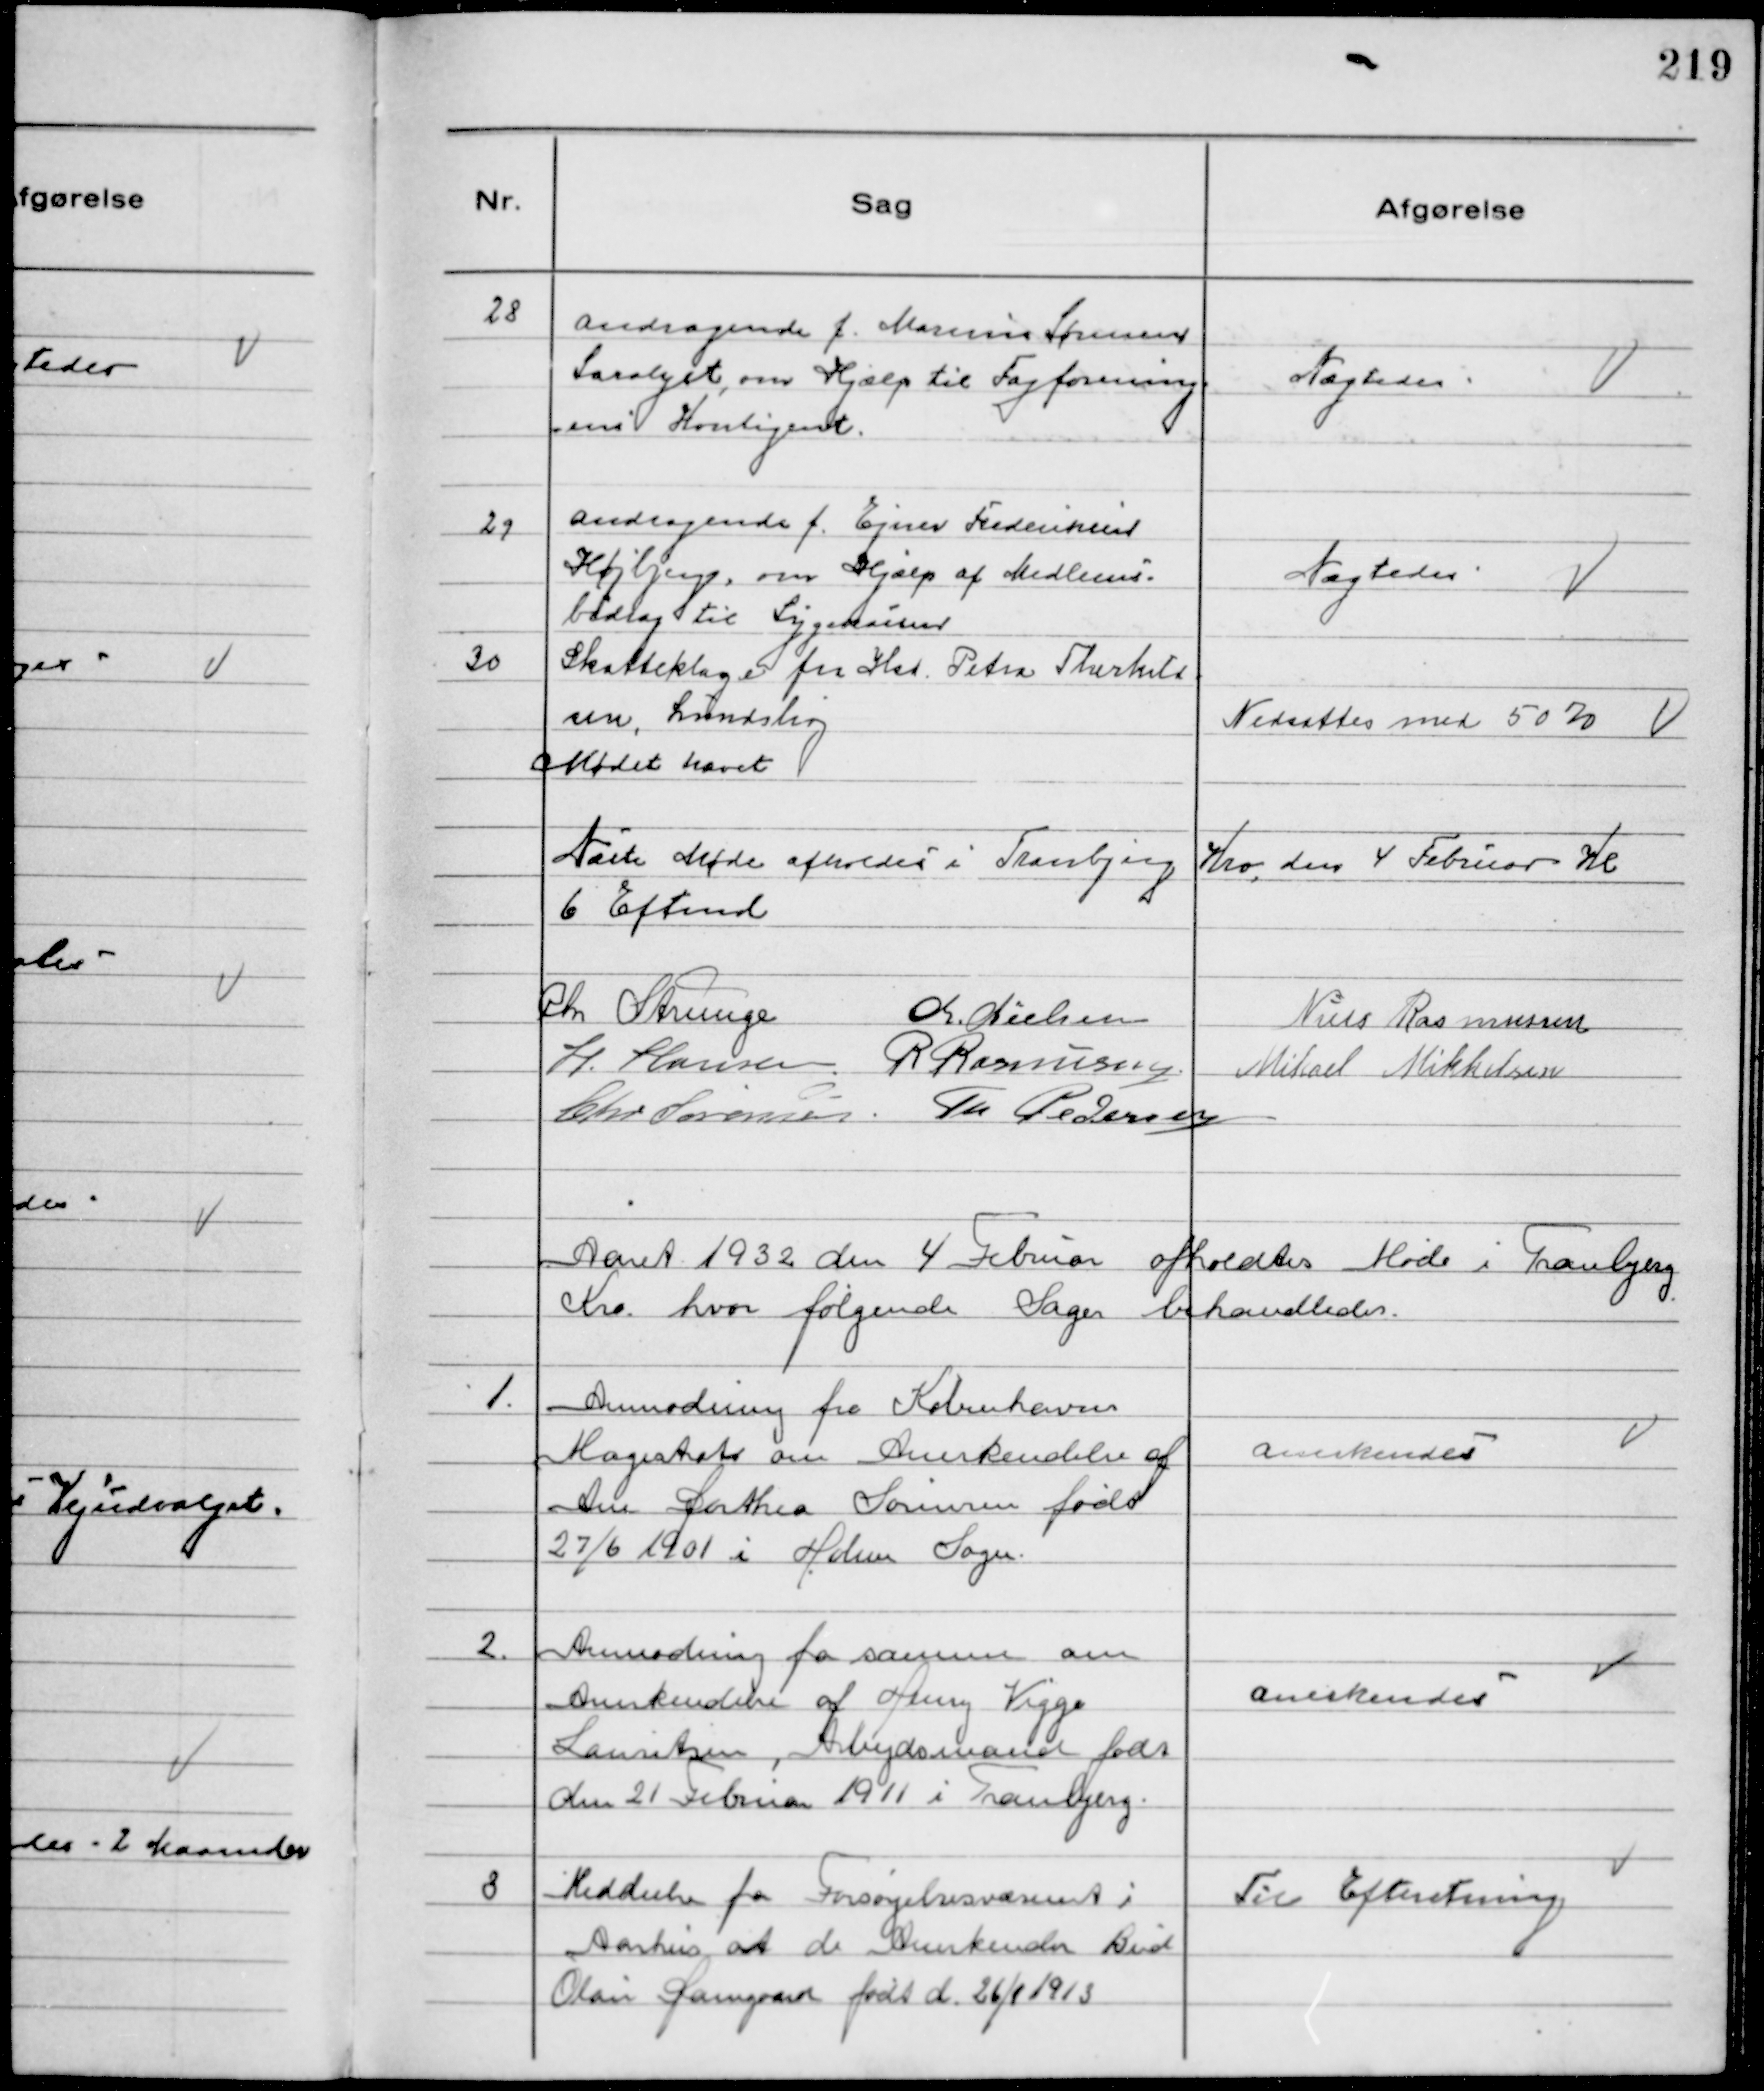
Transskription:
28
Andragende f. Marinus Sørensen
Saralyst, om Hjælp til Fagforening-
ens Kontigent.

Nægtedes

29
Andragende f. Ejner Frederiksen
Højbjerg, om Hjælp af Medlems-
bidrag til Sygekassen

Nægtedes

30
Skatteklage fra Hst. Petra Thorkild
sen, Lundshøj

Nedsattes med 50 %

Mødet hævet
Næste Møde afholdes i Tranbjerg Kro, den 4 Februar Kl
6 Eftemd
Chr Strunge
Chr. Nielsen
Niels Rasmussen
H. Hansen. R Rasmussen
Mikael Mikkelsen
Chr Sørensen Th Pedersen

Aaret 1932 den 4 Februar afholdtes Møde i Tranbjerg
Kro hvor følgende Sager behandledes.

1.
Anmodning fra Københavns
Magistrat om Anerkendelse af
Ane Dorthea Sørensen født
27/6 1901 i Holme Sogn.

Anerkendes

2.
Anmodning fra samme om
Anerkendelse af Henry Viggo
Lauritsen, Arbejdsmand født
den 21 Februar 1911 i Tranbjerg.

Anerkendes

3
Meddeelse fra Forsørgelsesvæsenet i
Aarhus at de Anerkender Bird
Olav Damgaard født 26/1 1913

Til Efteretning